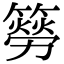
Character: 簩